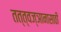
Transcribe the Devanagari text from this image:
तत्त्वज्ञानासाठी